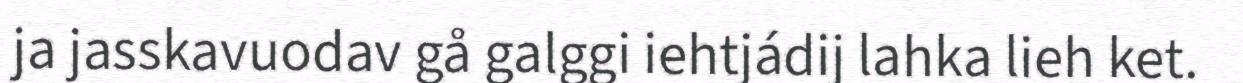
ja jasskavuodav gå galggi iehtjádij lahka lieh ket.